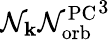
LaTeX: \mathcal{N}_{\mathbf{{k}}}{\mathcal{N}_{\mathrm{{orb}}}^{\mathrm{{PC}}}}^{3}